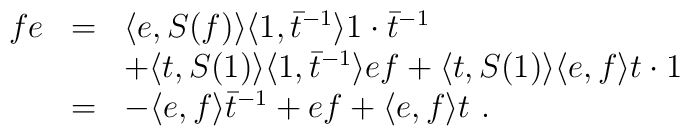
\begin{array}{rcl}fe&=&\langle e,S(f)\rangle\langle 1,{\bar t}^{-1}\rangle 1\cdot \bar{t}^{-1}\\        & & +\langle t,S(1)\rangle\langle 1,\bar{t}^{-1}\rangle ef      +\langle t,S(1)\rangle\langle e,f\rangle t\cdot 1\\  &=&-\langle e,f\rangle{\bar t}^{-1}+ef+\langle e,f\rangle t~.\end{array}